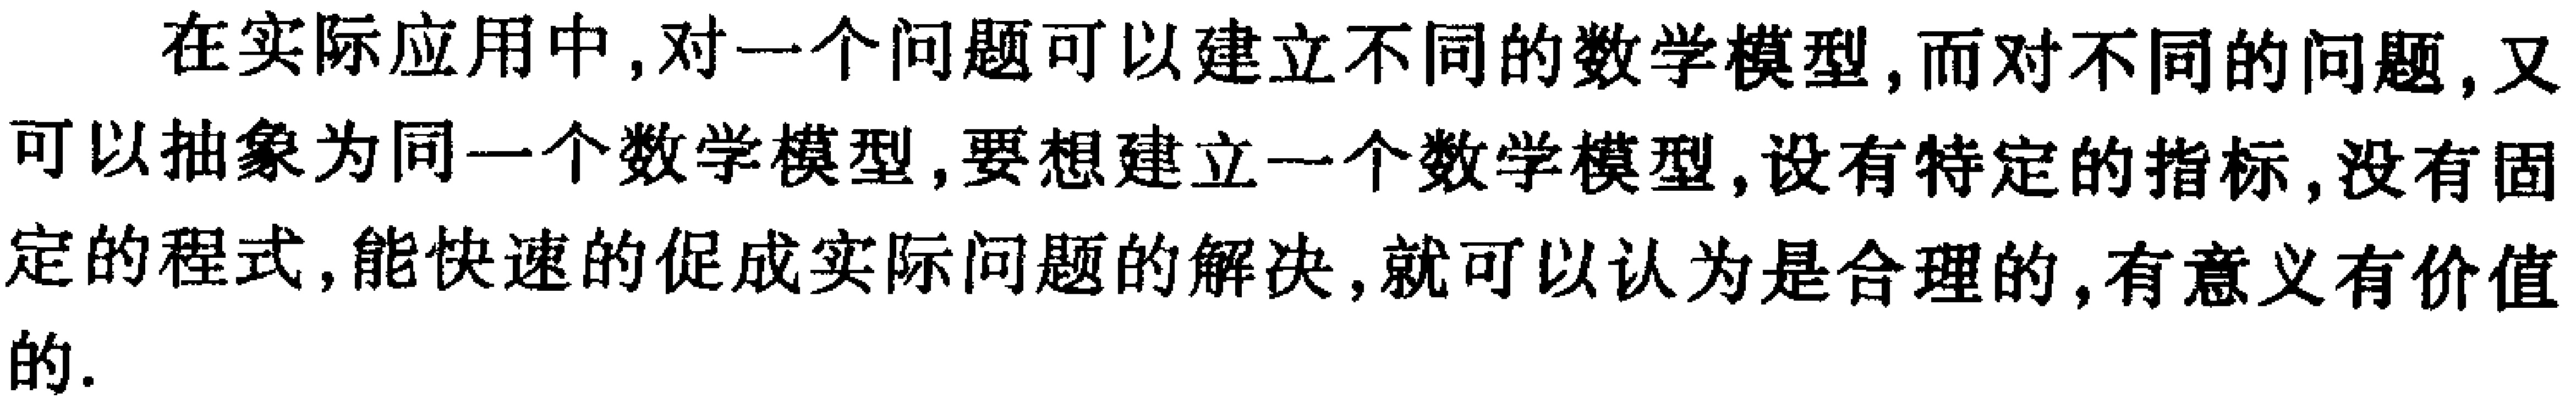
在实际应用中, 对一个问题可以建立不同的数学模型, 而对不同的问题, 又可以抽象为同一个数学模型, 要想建立一个数学模型, 设有特定的指标, 没有固定的程式, 能快速的促成实际问题的解决, 就可以认为是合理的, 有意义有价值的.